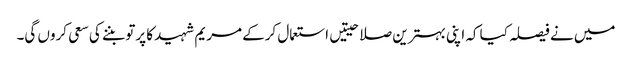
میں نے فیصلہ کیا کہ اپنی بہترین صلاحیتیں استعمال کرکے مریم شہید کا پرتو بننے کی سعی کروں گی۔